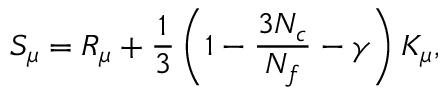
S _ { \mu } = R _ { \mu } + \frac { 1 } { 3 } \left( 1 - \frac { 3 N _ { c } } { N _ { f } } - \gamma \right) K _ { \mu } ,